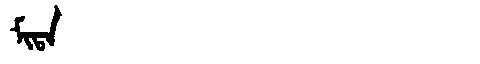
Manchu: ᠮᡳᡨᠠ
Romanization: MITA